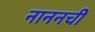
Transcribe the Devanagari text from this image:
नाननची